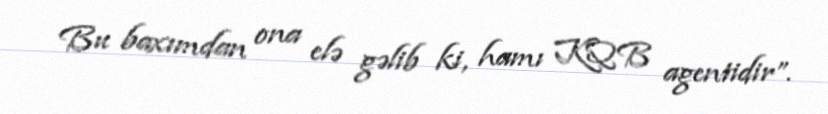
Bu baxımdan ona elə gəlib ki, hamı KQB agentidir”.